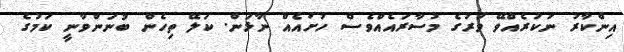
އިންކާރު ނުކުރެއްވޭ ވަރުގެ މުސާރައެއްވެސް ހުށައެއް ނާޅަން. ކަލޭ ތިހެން ބުނަންވާނީ ކަމުގެ